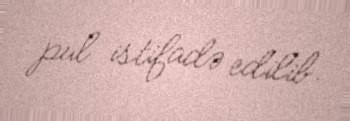
pul istifadə edilib.